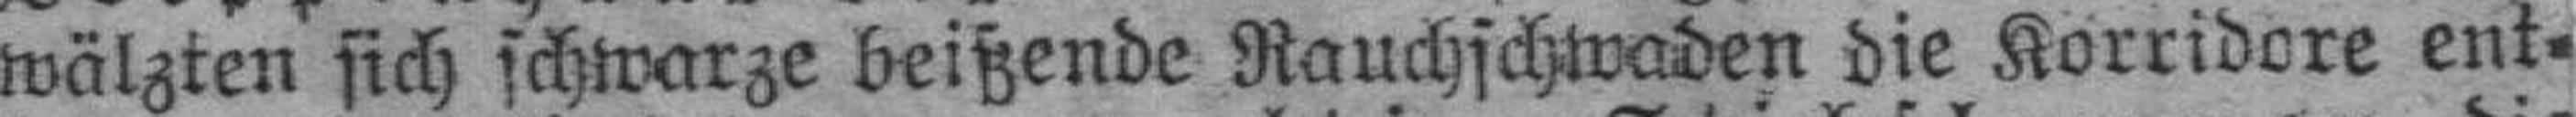
wälzten sich schwarze beißende Rauchschwaden die Korridore ent¬